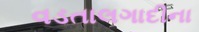
વડતાલગાદીના